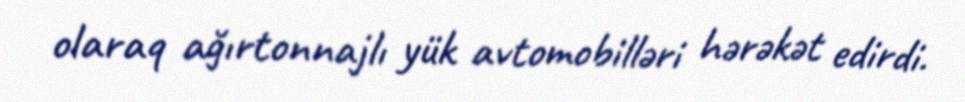
olaraq ağırtonnajlı yük avtomobilləri hərəkət edirdi.